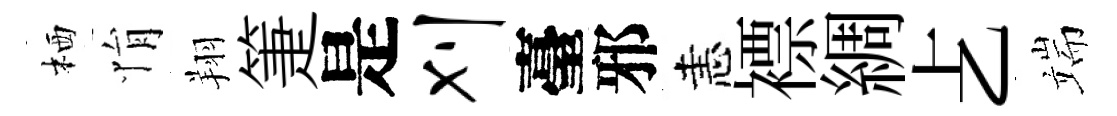
栖悁翔箑是刈臺邪恚褾綢𠧒端